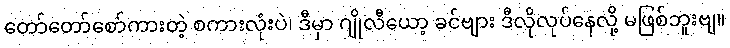
တော်တော်စော်ကားတဲ့ စကားလုံးပဲ၊ ဒီမှာ ဂျိုလီယော့ ခင်ဗျား ဒီလိုလုပ်နေလို့ မဖြစ်ဘူးဗျ။